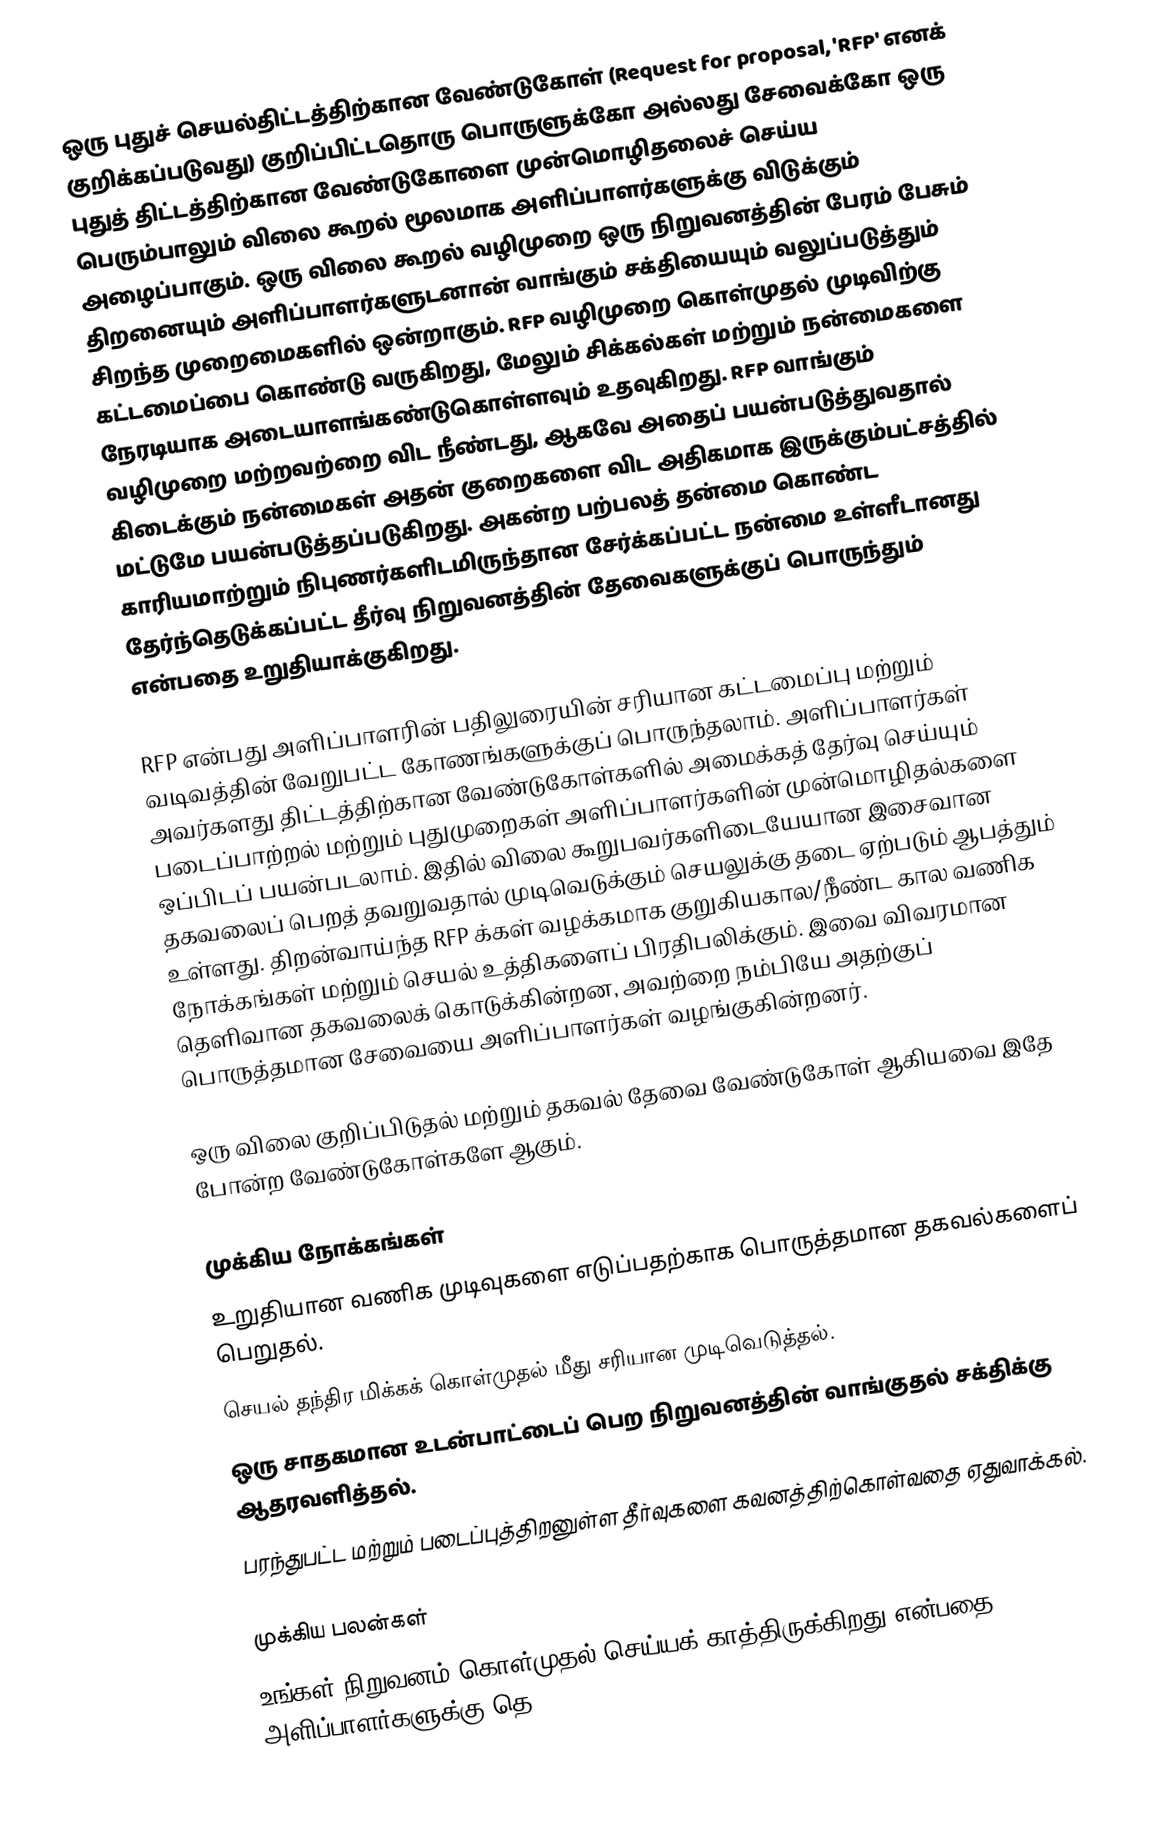
ஒரு புதுச் செயல்திட்டத்திற்கான வேண்டுகோள் (Request for proposal, 'RFP' எனக் குறிக்கப்படுவது) குறிப்பிட்டதொரு பொருளுக்கோ அல்லது சேவைக்கோ ஒரு புதுத் திட்டத்திற்கான வேண்டுகோளை முன்மொழிதலைச் செய்ய பெரும்பாலும் விலை கூறல் மூலமாக அளிப்பாளர்களுக்கு விடுக்கும் அழைப்பாகும். ஒரு விலை கூறல் வழிமுறை ஒரு நிறுவனத்தின் பேரம் பேசும் திறனையும் அளிப்பாளர்களுடனான் வாங்கும் சக்தியையும் வலுப்படுத்தும் சிறந்த முறைமைகளில் ஒன்றாகும். RFP வழிமுறை கொள்முதல் முடிவிற்கு கட்டமைப்பை கொண்டு வருகிறது, மேலும் சிக்கல்கள் மற்றும் நன்மைகளை நேரடியாக அடையாளங்கண்டுகொள்ளவும் உதவுகிறது. RFP வாங்கும் வழிமுறை மற்றவற்றை விட நீண்டது, ஆகவே அதைப் பயன்படுத்துவதால் கிடைக்கும் நன்மைகள் அதன் குறைகளை விட அதிகமாக இருக்கும்பட்சத்தில் மட்டுமே பயன்படுத்தப்படுகிறது. அகன்ற பற்பலத் தன்மை கொண்ட காரியமாற்றும் நிபுணர்களிடமிருந்தான சேர்க்கப்பட்ட நன்மை உள்ளீடானது தேர்ந்தெடுக்கப்பட்ட தீர்வு நிறுவனத்தின் தேவைகளுக்குப் பொருந்தும் என்பதை உறுதியாக்குகிறது.

RFP என்பது அளிப்பாளரின் பதிலுரையின் சரியான கட்டமைப்பு மற்றும் வடிவத்தின் வேறுபட்ட கோணங்களுக்குப் பொருந்தலாம். அளிப்பாளர்கள் அவர்களது திட்டத்திற்கான வேண்டுகோள்களில் அமைக்கத் தேர்வு செய்யும் படைப்பாற்றல் மற்றும் புதுமுறைகள் அளிப்பாளர்களின் முன்மொழிதல்களை ஒப்பிடப் பயன்படலாம். இதில் விலை கூறுபவர்களிடையேயான இசைவான தகவலைப் பெறத் தவறுவதால் முடிவெடுக்கும் செயலுக்கு தடை ஏற்படும் ஆபத்தும் உள்ளது. திறன்வாய்ந்த RFP க்கள் வழக்கமாக குறுகியகால/நீண்ட கால வணிக நோக்கங்கள் மற்றும் செயல் உத்திகளைப் பிரதிபலிக்கும். இவை விவரமான தெளிவான தகவலைக் கொடுக்கின்றன, அவற்றை நம்பியே அதற்குப் பொருத்தமான சேவையை அளிப்பாளர்கள் வழங்குகின்றனர்.

ஒரு விலை குறிப்பிடுதல் மற்றும் தகவல் தேவை வேண்டுகோள் ஆகியவை இதே போன்ற வேண்டுகோள்களே ஆகும்.

முக்கிய நோக்கங்கள்
உறுதியான வணிக முடிவுகளை எடுப்பதற்காக பொருத்தமான தகவல்களைப் பெறுதல்.
செயல் தந்திர மிக்கக் கொள்முதல் மீது சரியான முடிவெடுத்தல்.
ஒரு சாதகமான உடன்பாட்டைப் பெற நிறுவனத்தின் வாங்குதல் சக்திக்கு ஆதரவளித்தல்.
பரந்துபட்ட மற்றும் படைப்புத்திறனுள்ள தீர்வுகளை கவனத்திற்கொள்வதை ஏதுவாக்கல்.

முக்கிய பலன்கள்
உங்கள் நிறுவனம் கொள்முதல் செய்யக் காத்திருக்கிறது என்பதை அளிப்பாளர்களுக்கு தெ